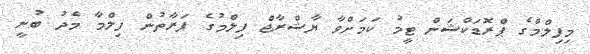
މިފިލްމްގެ ޕްރޮޑަކްޝަން ޓީމު ކަމަށްވާ ޔާޝްރާޖް ފިލްމުގެ ފަރާތުން ފިލްމާ މެދު ބުނީ